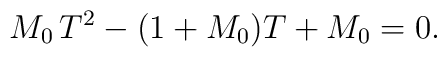
M_0\,T^2 -(1 + M_0)T+ M_0=0 .